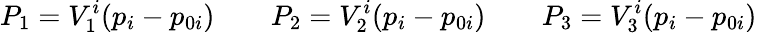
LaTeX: P_{1}=V_{1}^{i}(p_{i}-p_{0i})\qquad P_{2}=V_{2}^{i}(p_{i}-p_{0i})\qquad P_{3}=V_{3}^{i}(p_{i}-p_{0i})